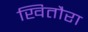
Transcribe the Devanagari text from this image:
खितौरा